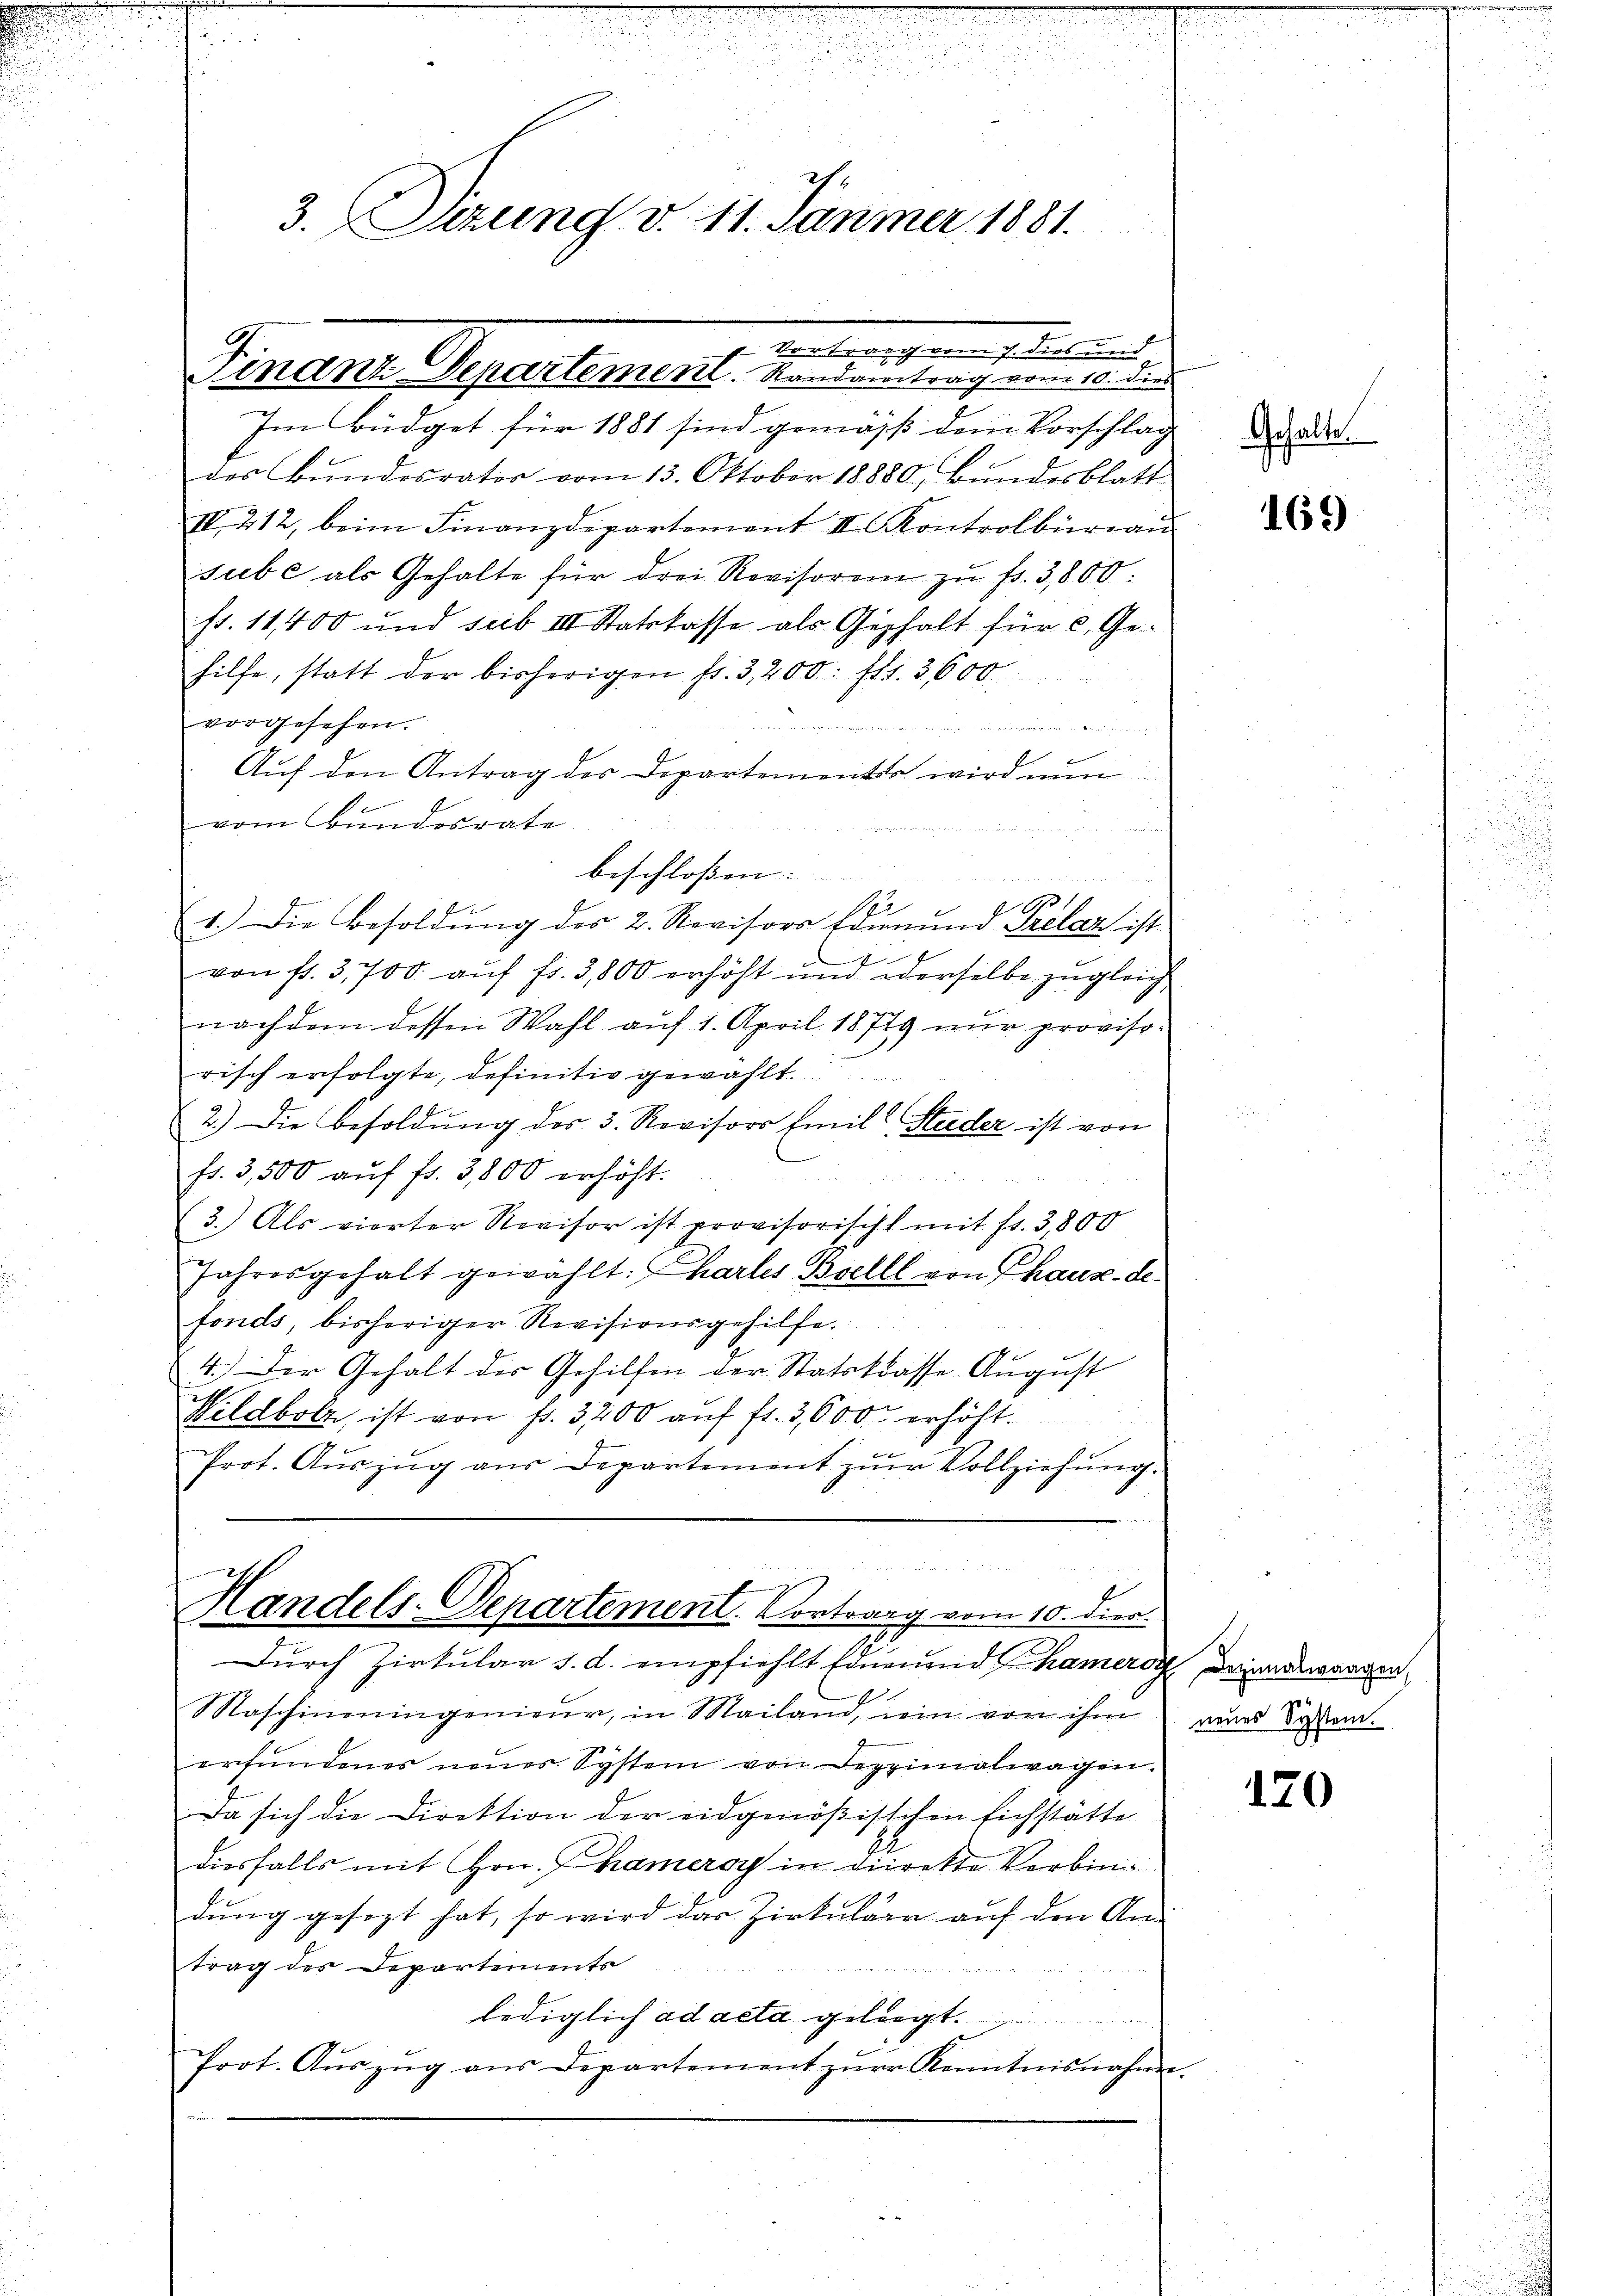
3. Sizung v. 11. Jänner 1881.

Vortrag vom 7. dies und
Finant Departement. Randantrag vom 10. dies

Im Büdget für 1881 sind gemäß dem Vorschlag
des Bundesrates vom 13. Oktober 18880, Bundesblatt
IV. 212, beim Finanzdepartement II Kontrolbüraŭ
sube als Gehalte für drei Revisoren zŭ fr. 3,800:
fr. 11,400 und sub III. Statskasse als Gehalt für c. Ge-
hilfe, statt der bisherigen fr. 3,200. fl. 3600
vorgesehen.

Aŭf den Antrag des Departementes wird nun
vom Bundesrate

S
1.) Die Besoldŭng des 2. Revisors dienŭnd Prelaz ist

von fl. 3,700. auf fr. 3,800 erhöht und derselbe zugleich,
nachdem dessen Wahl aŭf 1. April 18749 nŭr provisorisch erfolgte, definitiv gewählt.
2.) Die Besoldŭng des 3. Revisors Emil Stieder ist von
fr. 3,500 aŭf fr. 3,800 erhöht.
(3.) Als vierter Revisor ist provisorischt mit fr. 3,800
Jahresgehalt gewählt: Chartes Belll von Chaux-de-
fonds, bisheriger Revisionsgehilfe.
4.) Der Gehalt der Gehilfen der Statskasse August
Wildbolz, ist von fr. 3200 auf fl. 3,600 erhöht.
Prot. Auszug aus Departement zur Vollziehung.

beschloßen: |

a
Handels-Departement. Vortrag vom 10. dien
Durch Zirkular d. d. empfiehlt Eder und Chamero deinenswangen,

Maschineingenieur, in Mailand, im von ihm
erfundenes neues System von Dezzinalwagen.
Da sich die Direktion der eidgenößischen Eichstätte
diesfalls mit Hrn. Chameroy in direkte Verbindŭng gesezt hat, so wird das Zirkŭlar aŭf den An-
trag des Departements

lediglich ad acta geliegt.
Prot. Aŭszŭg aŭs Departement zŭr Kenntnisnahme

Gehalte.

169

neues System.

170